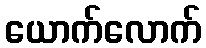
ယောက်လောက်